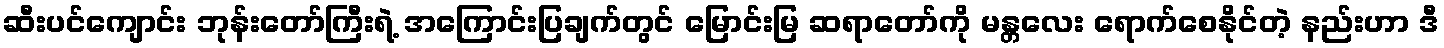
ဆီးပင်ကျောင်း ဘုန်းတော်ကြီးရဲ့ အကြောင်းပြချက်တွင် မြောင်းမြ ဆရာတော်ကို မန္တလေး ရောက်စေနိုင်တဲ့ နည်းဟာ ဒီ